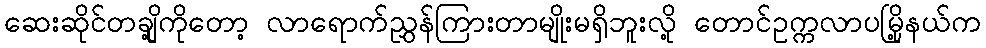
ဆေးဆိုင်တချို့ကိုတော့ လာရောက်ညွှန်ကြားတာမျိုးမရှိဘူးလို့ တောင်ဥက္ကလာပမြို့နယ်က